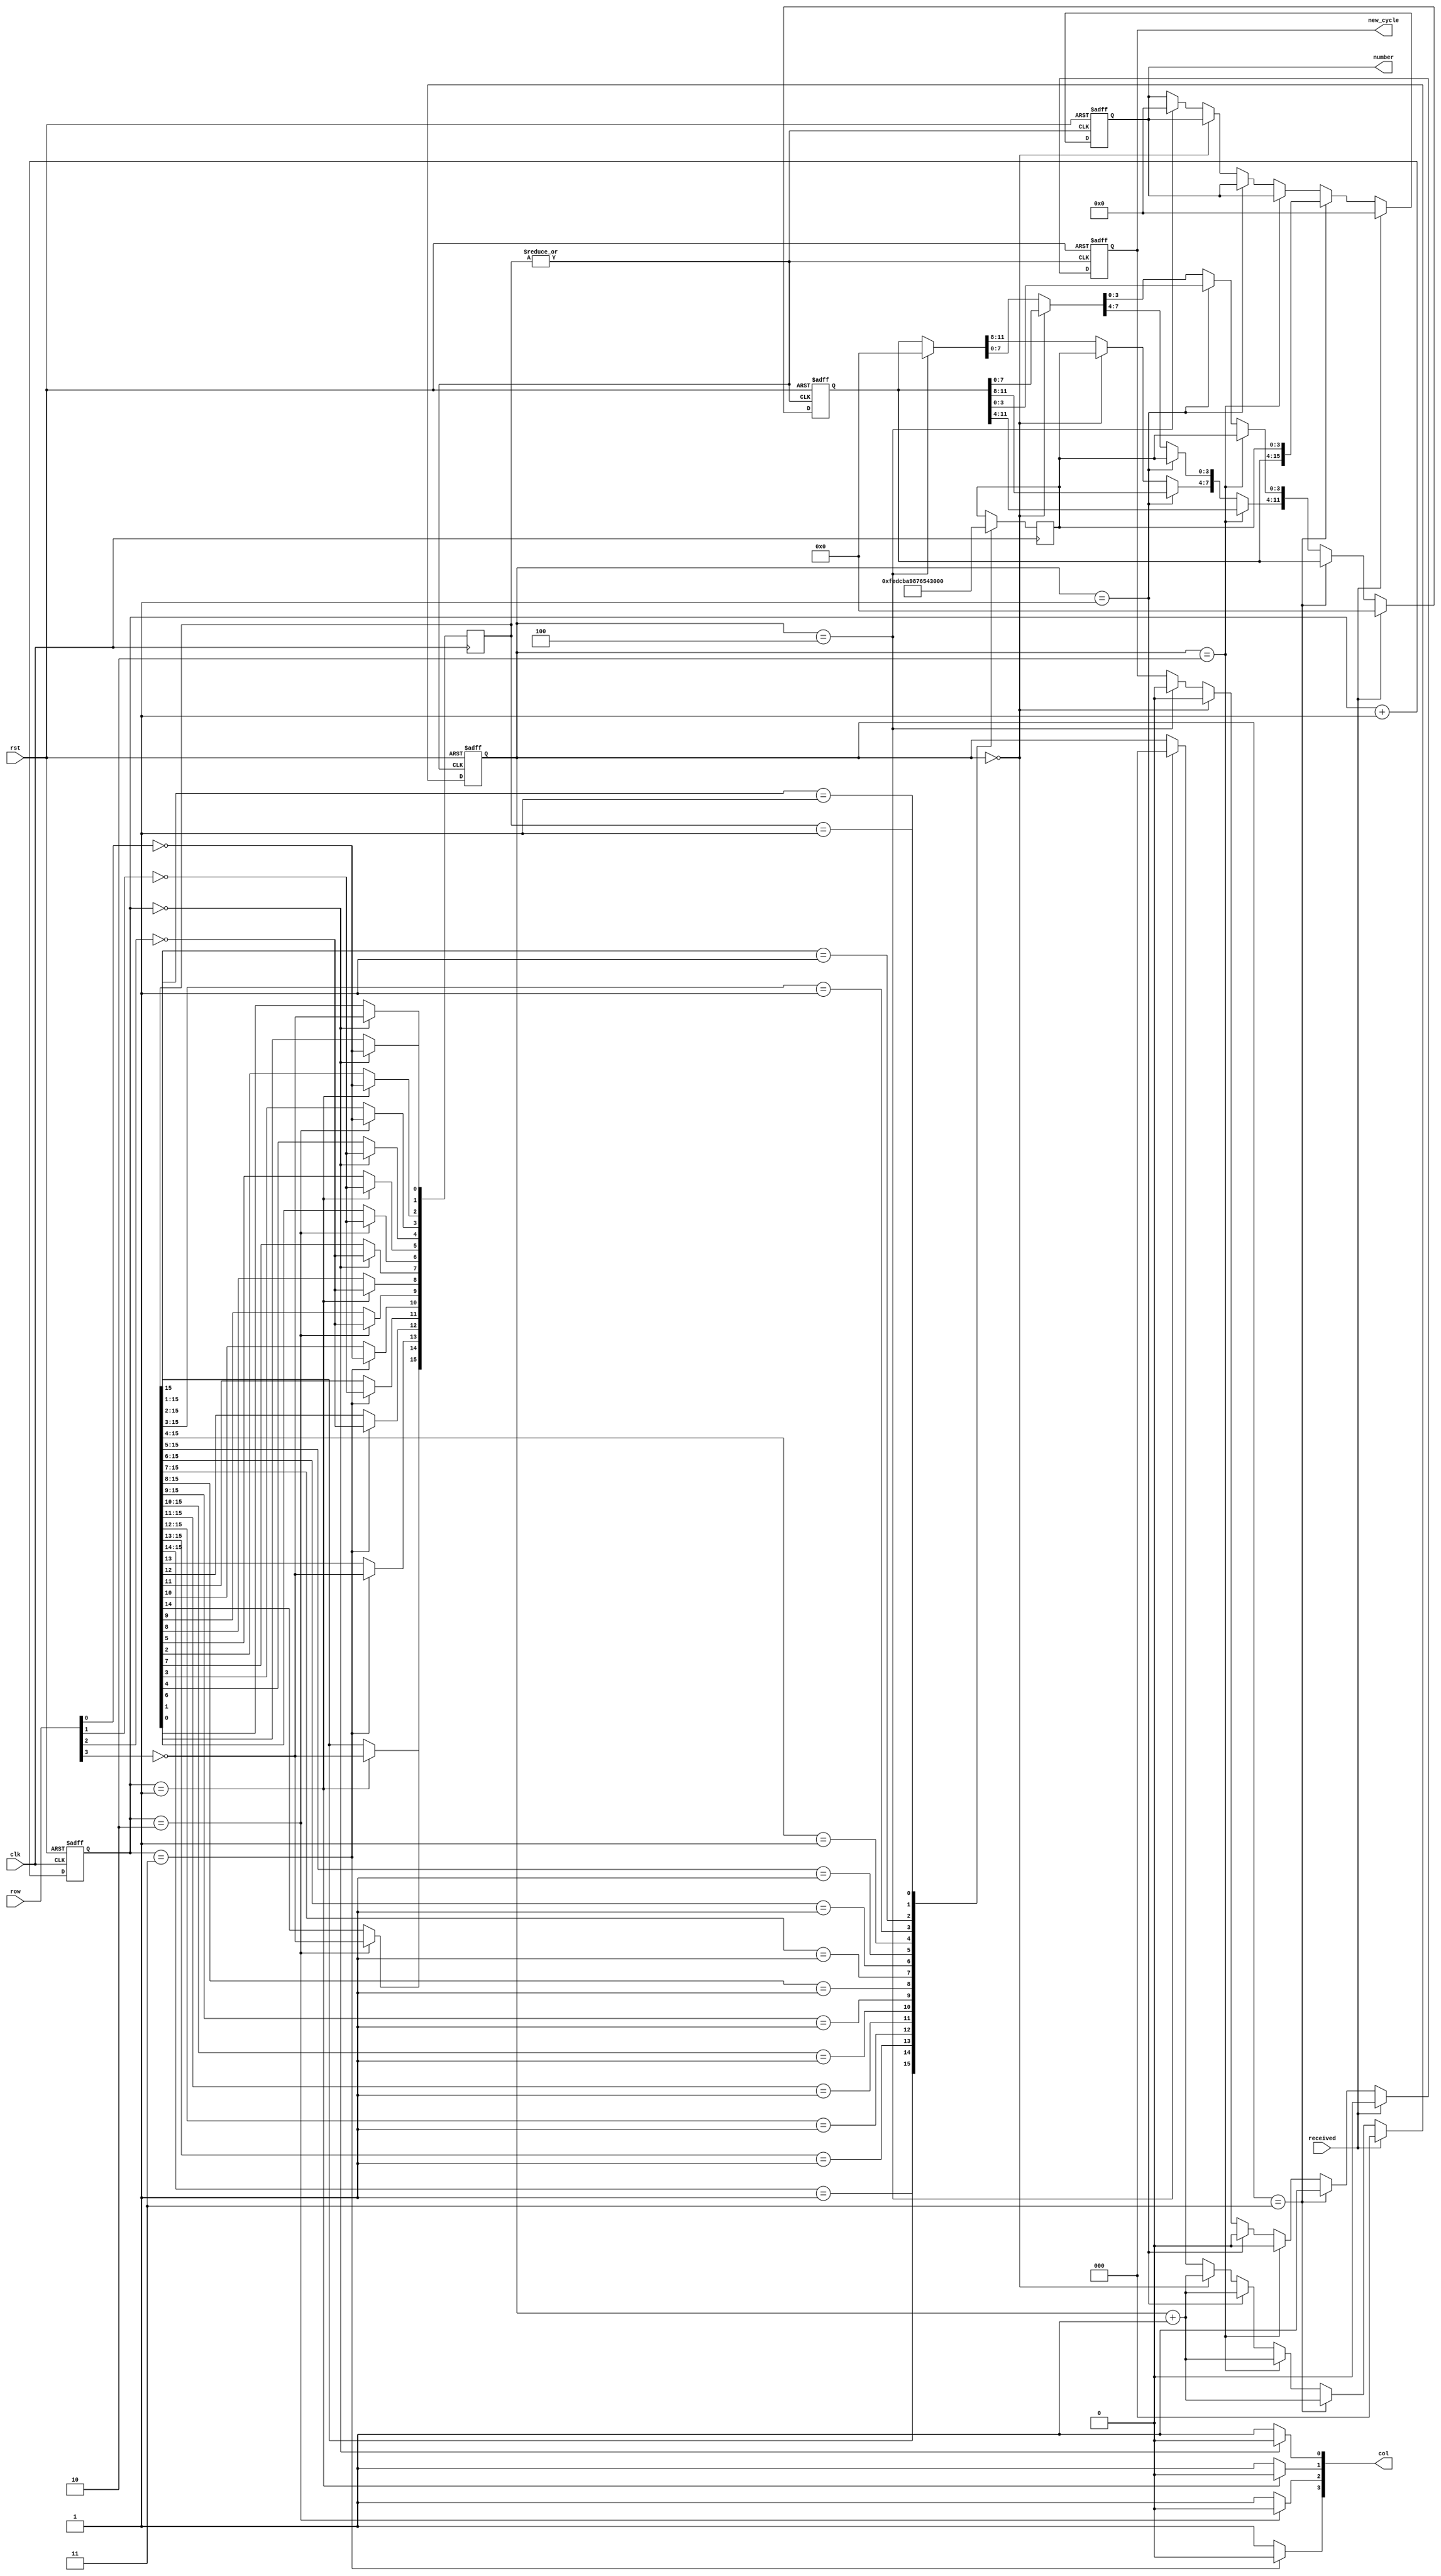
module kypd(
input clk, rst, received,
input [3:0] row, 
output [3:0] col,
output reg new_cycle,
output reg [15:0] number
);
parameter [1:0] col0 = 2'd0, col1 = 2'd1, col2 = 2'd2, col3 = 2'd3;
reg [15:0] button;
reg [1:0] state;
reg [2:0] button_pressed_count;
reg [4:0] count;
reg [11:0] temp_number;
reg [3:0] temp;
wire button_pressed;

assign button_pressed = |button;										// records when a button is pressed. to be used as clock of second ASM in this module.
assign col[0] = (state == col0) ? 1'b0 : 1'b1; 
assign col[1] = (state == col1) ? 1'b0 : 1'b1;
assign col[2] = (state == col2) ? 1'b0 : 1'b1;
assign col[3] = (state == col3) ? 1'b0 : 1'b1;

// First FSM to read the data from the PMOD Keypad.
always@(posedge clk or posedge rst) 
begin
	if(rst) 
	begin
		state <= col0;
	end
	else
	begin
		state <= state + 2'd1;
	end
end

// This always block takes the input from the keypad as a decoder with only 1 pin high when pressed rest 0.
always@(negedge clk) 
begin
	case(state)
		col0: 
		begin
			button[1]  <= ~row[0]; //1
			button[4]  <= ~row[1]; //4
			button[7]  <= ~row[2]; //7
			button[0]  <= ~row[3]; //0
		end
		col1: 
		begin
			button[2]  <= ~row[0]; //2
			button[5]  <= ~row[1]; //5
			button[8]  <= ~row[2]; //8
			button[15] <= ~row[3]; //F
		end
		col2: 
		begin
			button[3]  <= ~row[0]; //3
			button[6]  <= ~row[1]; //6
			button[9]  <= ~row[2]; //9
			button[14] <= ~row[3]; //E
		end
		col3: 
		begin
			button[10] <= ~row[0]; //A
			button[11] <= ~row[1]; //B
			button[12] <= ~row[2]; //C
			button[13] <= ~row[3]; //D
		end
	endcase
end

// This block is a encoder that converts the input to corresponding output values.
always@ (negedge clk) 
begin
	casex(button)
		16'b1xxxxxxxxxxxxxxx: temp = 4'hf;
		16'b01xxxxxxxxxxxxxx: temp = 4'he;
		16'b001xxxxxxxxxxxxx: temp = 4'hd;
		16'b0001xxxxxxxxxxxx: temp = 4'hc;
		16'b00001xxxxxxxxxxx: temp = 4'hb;
		16'b000001xxxxxxxxxx: temp = 4'ha;
		16'b0000001xxxxxxxxx: temp = 4'h9;
		16'b00000001xxxxxxxx: temp = 4'h8;
		16'b000000001xxxxxxx: temp = 4'h7;
		16'b0000000001xxxxxx: temp = 4'h6;
		16'b00000000001xxxxx: temp = 4'h5;
		16'b000000000001xxxx: temp = 4'h4;
		16'b0000000000001xxx: temp = 4'h3;
		16'b00000000000001xx: temp = 4'h2;
		16'b000000000000001x: temp = 4'h1;
		16'b0000000000000001: temp = 4'h0;
	endcase
end

// based on the button pressed, we are creating a 4 input alpha-numeric code which is treated as input for password check or updation.
always@(negedge button_pressed,posedge rst)
begin
	if (rst)
	begin
		button_pressed_count = 0;
		new_cycle = 0;
		number = 0;
		temp_number = 0;
	end
	else if(received)
	begin
		button_pressed_count = 0;
		new_cycle = 0;
		number = 0;
		temp_number = 0;
	end
	else if(button_pressed_count == 3'd3)
	begin
		number = {temp_number,temp};
		button_pressed_count = button_pressed_count + 1;
		new_cycle = 1'b1;
	end
	else if(button_pressed_count == 3'd2)
	begin
		temp_number[3:0] = temp;
		button_pressed_count = button_pressed_count + 1;
		new_cycle = 1'b0;
	end
	else if(button_pressed_count == 3'd1)
	begin
		temp_number[7:4] = temp;
		button_pressed_count = button_pressed_count + 1;
		new_cycle = 1'b0;
	end
	else if(button_pressed_count == 3'd0)
	begin
		temp_number[11:8] = temp;
		button_pressed_count = button_pressed_count + 1;
		new_cycle = 1'b0;
	end
	else if(button_pressed_count == 3'd4)
	begin
		button_pressed_count = 0;
		new_cycle = 0;
		number = 0;
		temp_number = 0;
	end
end
endmodule